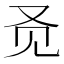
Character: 𬢇